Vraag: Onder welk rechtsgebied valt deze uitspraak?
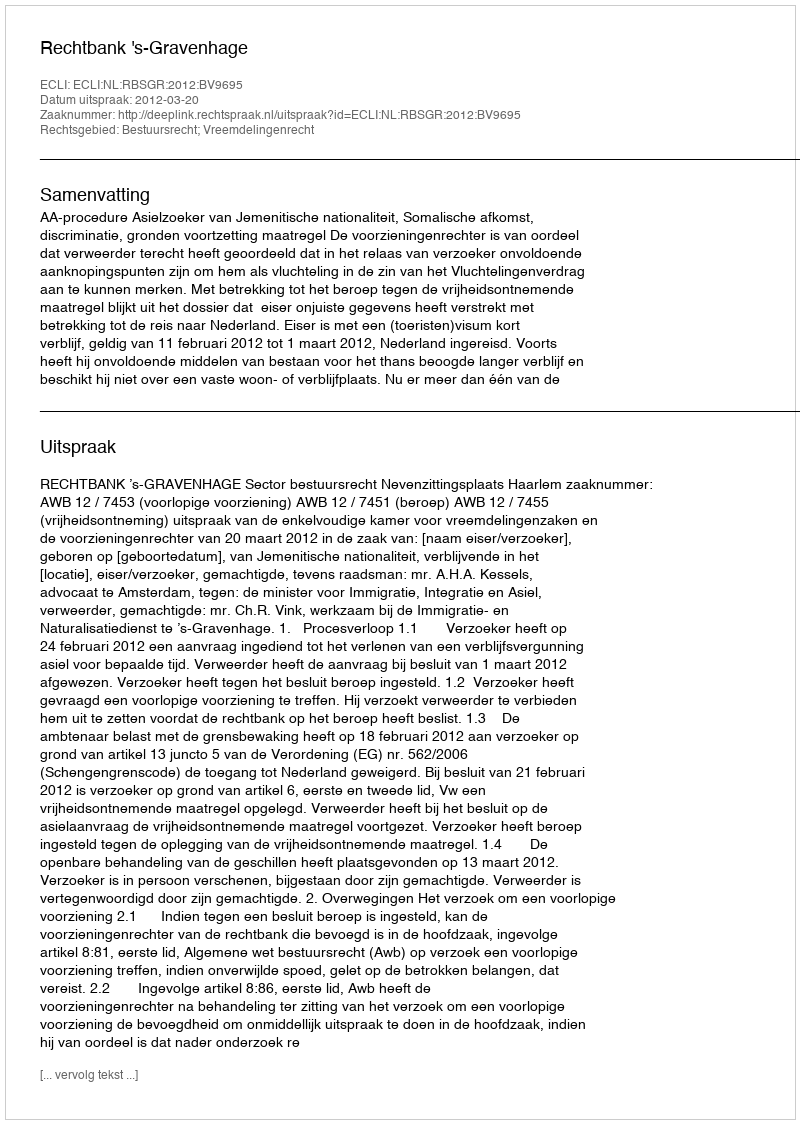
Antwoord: Bestuursrecht; Vreemdelingenrecht